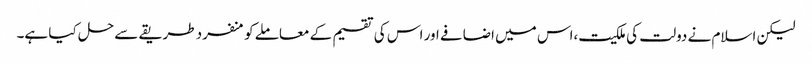
لیکن اسلام نے دولت کی ملکیت،اس میں اضافے اور اس کی تقسیم کے معاملے کو منفرد طریقے سے حل کیا ہے۔